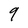
Character: 9